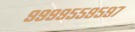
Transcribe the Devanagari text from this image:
९९९९५५९५९७